Indian journal of veterinary science and animal husbandry - Volumes 24-25, 1954-1955
Year: 1954
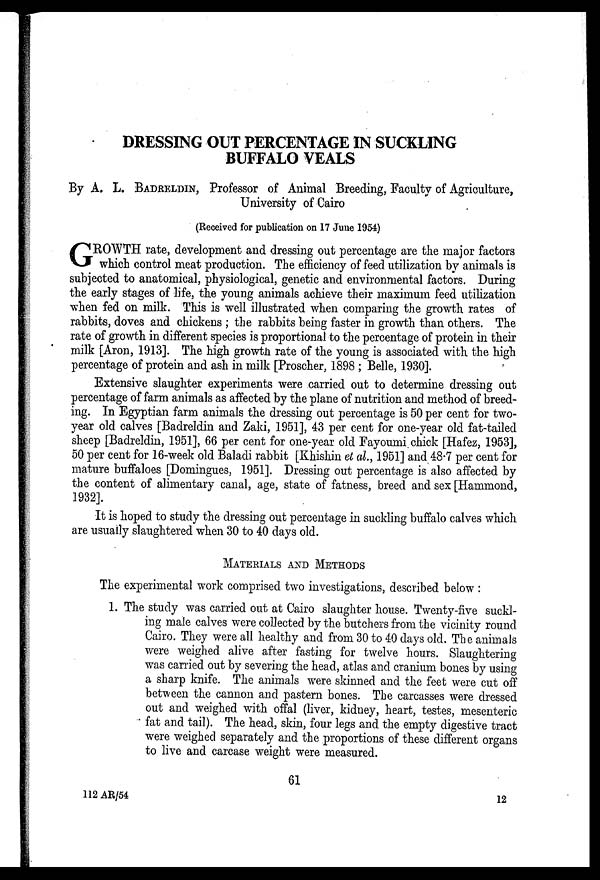
DRESSING OUT PERCENTAGE IN SUCKLING
BUFFALO VEALS
By A, L. BADRELDIN, Professor of Animal Breeding, Faculty of Agriculture,
University of Cairo
(Received for publication on 17 June 1954)
G ROWTH rate, development and dressing out percentage are the major factors
which control meat production. The efficiency of feed utilization by animals is
subjected to anatomical, physiological, genetic and environmental factors. During
the early stages of life, the young animals achieve their maximum feed utilization
when fed on milk. This is well illustrated when comparing the growth rates of
rabbits, doves and chickens ; the rabbits being faster in growth than others. The
rate of growth in different species is proportional to the percentage of protein in their
milk [Aron, 1913]. The high growth rate of the young is associated with the high
percentage of protein and ash in milk [Proscher, 1898 ; Belle, 1930].
Extensive slaughter experiments were carried out to determine dressing out
percentage of farm animals as affected by the plane of nutrition and method of breed-
ing. In Egyptian farm animals the dressing out percentage is 50 per cent for two-
year old calves [Badreldin and Zaki, 1951], 43 per cent for one-year old fat-tailed
sheep [Badreldin, 1951], 66 per cent for one-year old Fayoumi chick [Hafez, 1953],
50 per cent for 16-week old Baladi rabbit [Khishin et al., 1951] and 48.7 per cent for
mature buffaloes [Domingues, 1951]. Dressing out percentage is also affected by
the content of alimentary canal, age, state of fatness, breed and sex [Hammond,
1932].
It is hoped to study the dressing out percentage in suckling buffalo calves which
are usually slaughtered when 30 to 40 days old.
MATERIALS AND METHODS
The experimental work comprised two investigations, described below :
1. The study was carried out at Cairo slaughter house. Twenty-five suckl-
ing male calves were collected by the butchers from the vicinity round
Cairo. They were all healthy and from 30 to 40 days old. The animals
were weighed alive after fasting for twelve hours. Slaughtering
was carried out by severing the head, atlas and cranium bones by using
a sharp knife. The animals were skinned and the feet were cut off
between the cannon and pastern bones. The carcasses were dressed
out and weighed with offal (liver, kidney, heart, testes, mesenteric
fat and tail). The head, skin, four legs and the empty digestive tract
were weighed separately and the proportions of these different organs
to live and carcase weight were measured.
61
112 AR/54
12